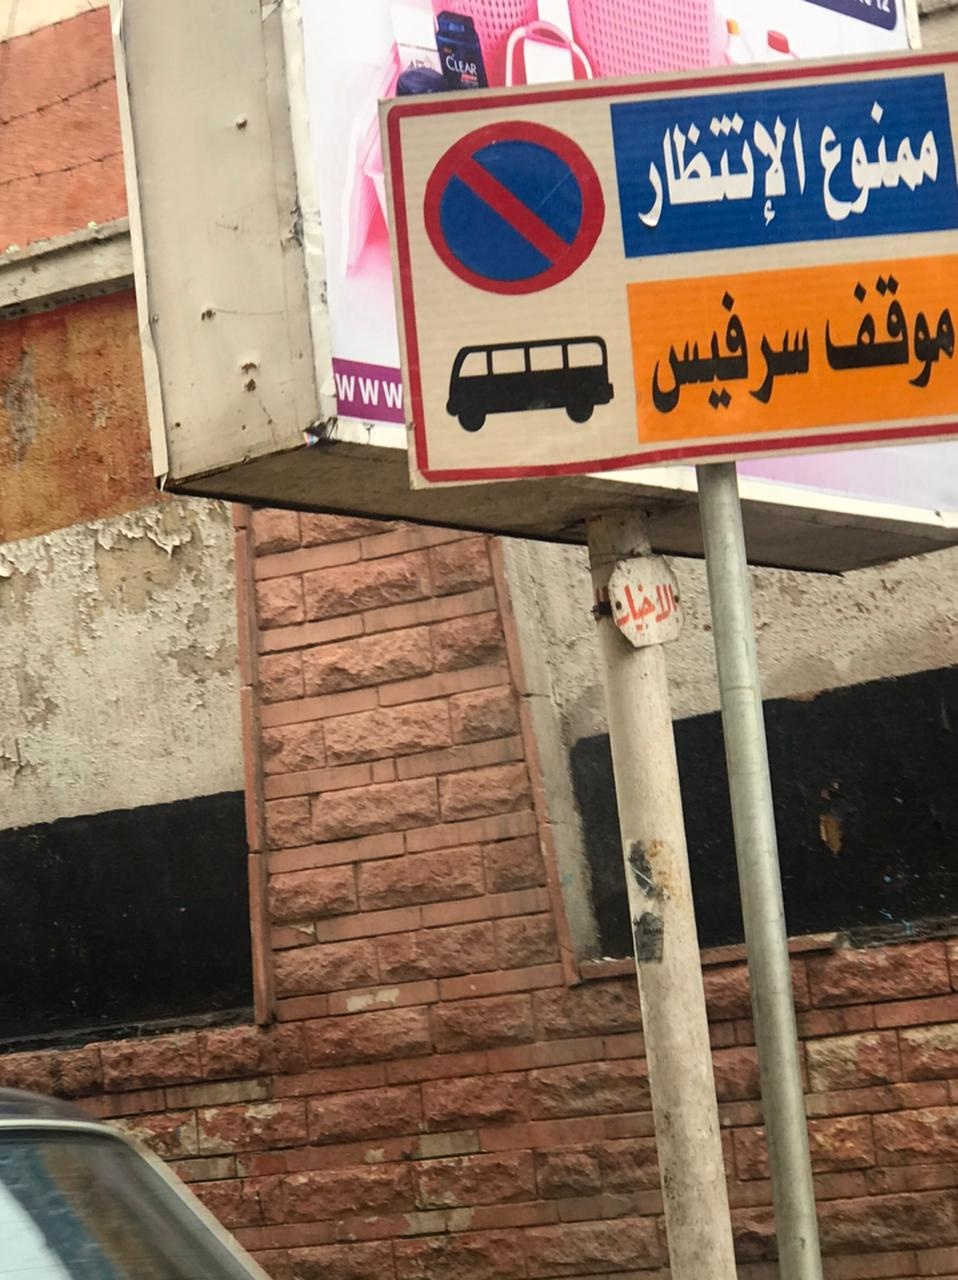
Text in image: ممنوع الإنتظار موقف سرفيس